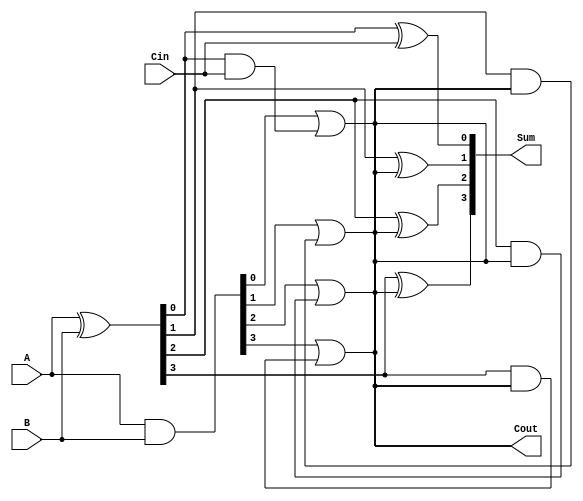
module carry_lookahead_subtractor (
    input [3:0] A,
    input [3:0] B,
    input Cin,
    output [3:0] Sum,
    output Cout
);

wire [3:0] M, C;
assign M = A ^ B;
assign C = A & B;

assign Sum[0] = M[0] ^ Cin;
assign Cout = C[0] | (M[0] & Cin);
assign Sum[1] = M[1] ^ Cout;
assign Cout = C[1] | (M[1] & Cout);
assign Sum[2] = M[2] ^ Cout;
assign Cout = C[2] | (M[2] & Cout);
assign Sum[3] = M[3] ^ Cout;
assign Cout = C[3] | (M[3] & Cout);

endmodule